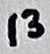
Text: 13